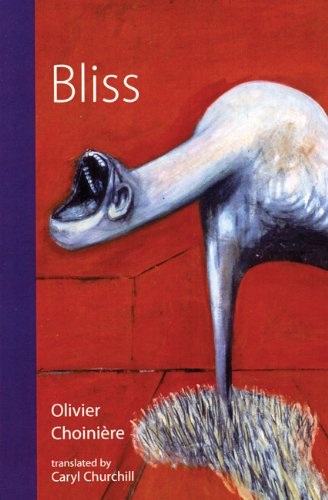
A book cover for Bliss; Olivier ChoiniÃ©re; Literature & Fiction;